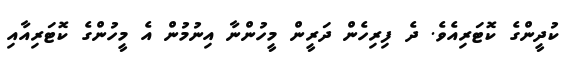
ކުދީންގެ ކޮޓަރިއެވެ. ދެ ފިރިހެން ދަރީން މީހުންނާ އިނުމުން އެ މީހުންގެ ކޮޓަރިއާއި